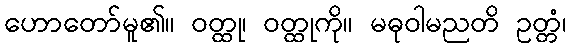
ဟောတော်မူ၏။ ဝတ္ထု၊ ဝတ္ထုကို။ မဓုဝါမညတိ ဥတ္တံ၊